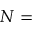
N =